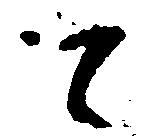
て